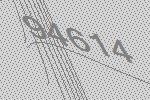
94614